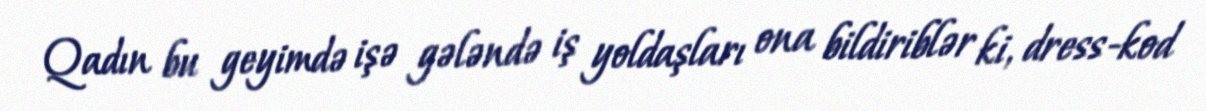
Qadın bu geyimdə işə gələndə iş yoldaşları ona bildiriblər ki, dress-kod